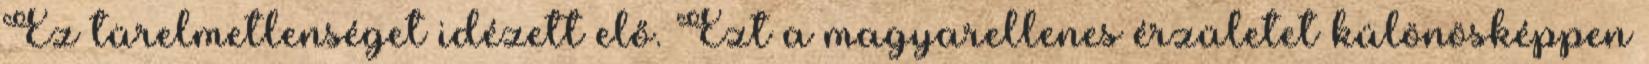
Ez türelmetlenséget idézett elő. Ezt a magyarellenes érzületet különösképpen